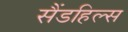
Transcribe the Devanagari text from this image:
सैंडहिल्स